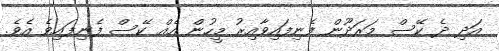
އަދި ދެ ކޭސް މަރަދޫން ފެނިފައިވާއިރު މީހުން އެއް ކޭސް ފެނިފައިވެ އެވެ.